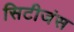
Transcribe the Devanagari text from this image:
सिटीजंस